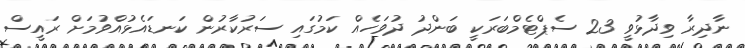
ނާދިރާ ވިދާޅުވީ 23 ސެޕްޓެމްބަރަކީ ބަންދު ދުވަހެއް ކަމުގައި ސަރުކާރުން ކަނޑައެޅުއްވުމަށް ރައީސް